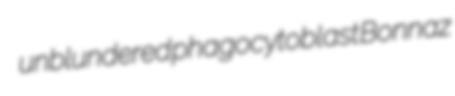
unblundered phagocytoblast Bonnaz